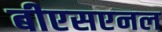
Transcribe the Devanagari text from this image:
बीएसएनल